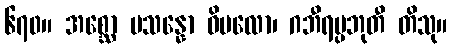
၆၇၀။ အစ္ဆော ပသန္နော ဝိမလော၊ ဂဘီရပ္ပဘုတီ တိသု။